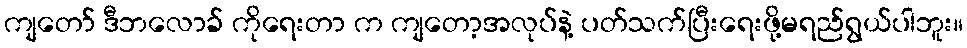
ကျတော် ဒီဘလောခ် ကိုရေးတာ က ကျတော့အလုပ်နဲ့ ပတ်သက်ပြီးရေးဖို့မရည်ရွယ်ပါဘူး။